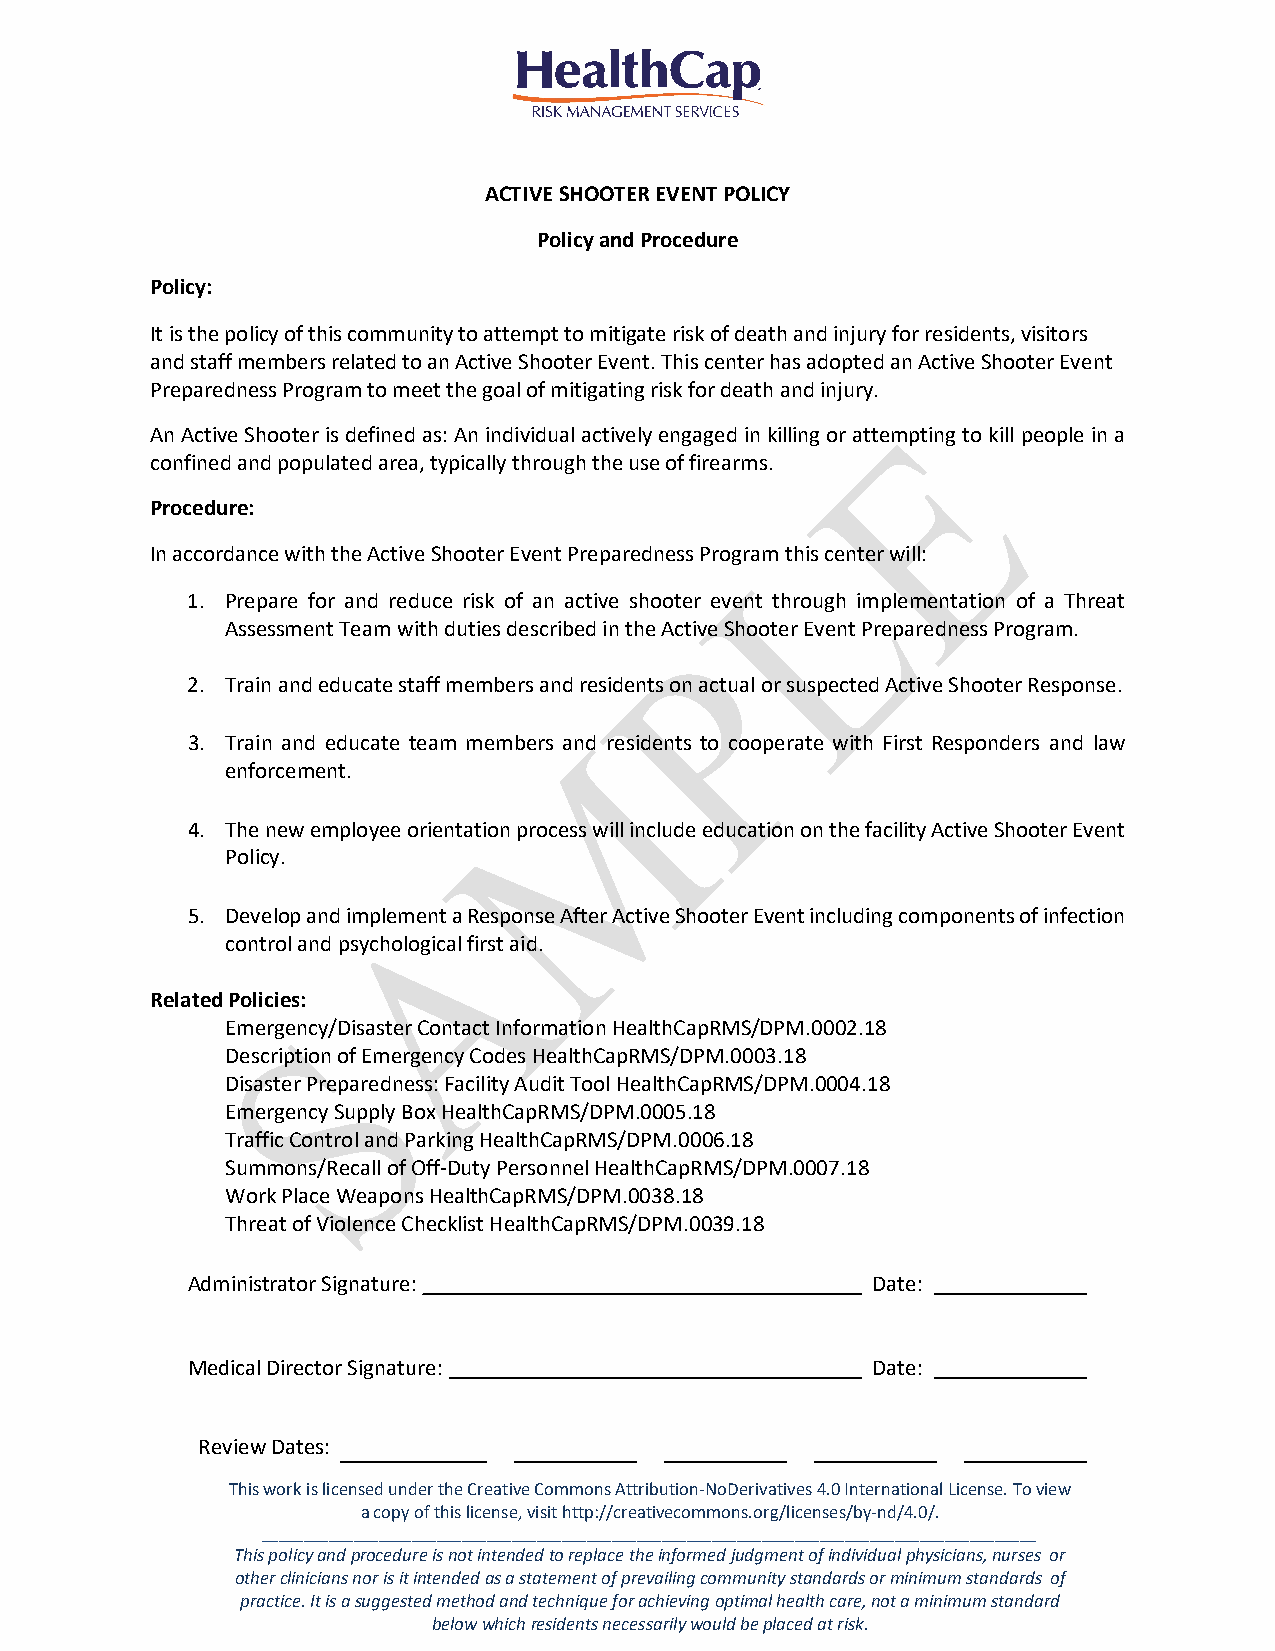
ACTIVE SHOOTER EVENT POLICY
 Policy and Procedure
 Policy:
 It is the policy of this community to attempt to mitigate risk of death and injury for residents, visitors
 and staff members related to an Active Shooter Event. This center has adopted an Active Shooter Event
 Preparedness Program to meet the goal of mitigating risk for death and injury.
 An Active Shooter is defined as: An individual actively engaged in killing or attempting to kill people in a
 confined and populated area, typically through the use of firearms.
 Procedure:
 In accordance with the Active Shooter Event Preparedness Program this center will:
 1. Prepare for and reduce risk of an active shooter event through implementation of a Threat
 Assessment Team with duties described in the Active Shooter Event Preparedness Program.
 2. Train and educate staff members and residents on actual or suspected Active Shooter Response.
 3. Train and educate team members and residents to cooperate with First Responders and law
 enforcement.
 4. The new employee orientation process will include education on the facility Active Shooter Event
 Policy.
 5. Develop and implement a Response After Active Shooter Event including components of infection
 control and psychological first aid.
 Related Policies:
 Emergency/Disaster Contact Information HealthCapRMS/DPM.0002.18
 Description of Emergency Codes HealthCapRMS/DPM.0003.18
 Disaster Preparedness: Facility Audit Tool HealthCapRMS/DPM.0004.18
 Emergency Supply Box HealthCapRMS/DPM.0005.18
 Traffic Control and Parking HealthCapRMS/DPM.0006.18
 Summons/Recall of Off-Duty Personnel HealthCapRMS/DPM.0007.18
 Work Place Weapons HealthCapRMS/DPM.0038.18
 Threat of Violence Checklist HealthCapRMS/DPM.0039.18
 Administrator Signature:                      Date:
 Medical Director Signature:                   Date:
 Review Dates:
 This work is licensed under the Creative Commons Attribution-NoDerivatives 4.0 International License. To view
 a copy of this license, visit http://creativecommons.org/licenses/by-nd/4.0/.
 _____________________________________________________________________________________________
 This policy and procedure is not intended to replace the informed judgment of individual physicians, nurses or
 other clinicians nor is it intended as a statement of prevailing community standards or minimum standards of
 practice. It is a suggested method and technique for achieving optimal health care, not a minimum standard
 below which residents necessarily would be placed at risk.